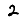
Digit: 2